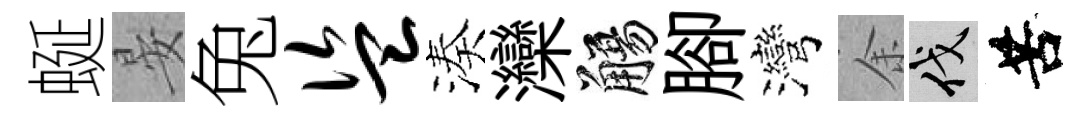
蜒晏兔盗湊灤觴腳灣余伐苦